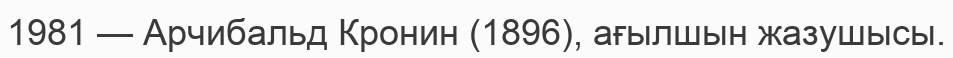
1981 — Арчибальд Кронин (1896), ағылшын жазушысы.